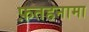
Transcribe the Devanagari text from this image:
फ़तहनामा